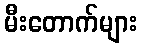
မီးတောက်များ